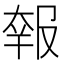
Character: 𡙈